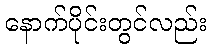
နောက်ပိုင်းတွင်လည်း